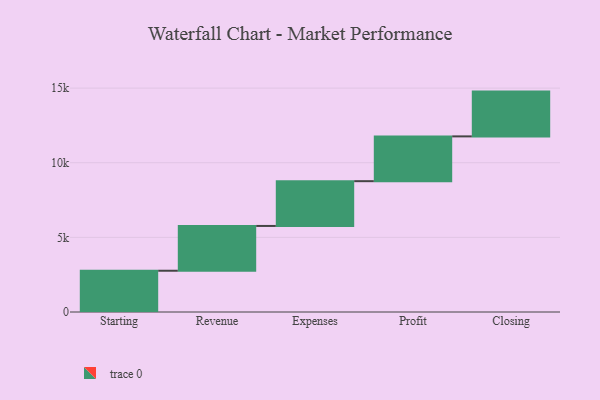
{"axis": {"x": "Step", "y": "Value"}, "legend": [""], "data": [{"x": "Starting", "y": 2764.0, "type": ""}, {"x": "Revenue", "y": 3000, "type": ""}, {"x": "Expenses", "y": 3000, "type": ""}, {"x": "Profit", "y": 3000, "type": ""}, {"x": "Closing", "y": 3000, "type": ""}]}